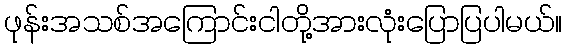
ဖုန်းအသစ်အကြောင်းငါတို့အားလုံးပြောပြပါမယ်။